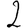
Digit: 2